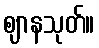
ဈာနသုတ်။